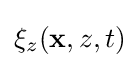
\xi _{z}(\mathbf {x} ,z,t)